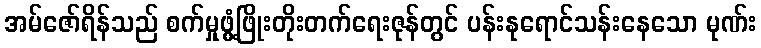
အမ်ဇော်ရိန်သည် စက်မှုဖွံ့ဖြိုးတိုးတက်ရေးဇုန်တွင် ပန်းနုရောင်သန်းနေသော မုဏ်း